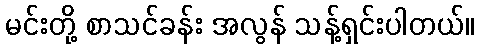
မင်းတို့ စာသင်ခန်း အလွန် သန့်ရှင်းပါတယ်။